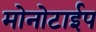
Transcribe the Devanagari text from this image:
मोनोटाईप